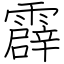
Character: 霹